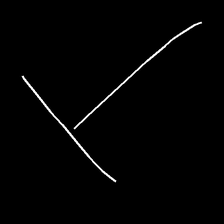
Glyph: column